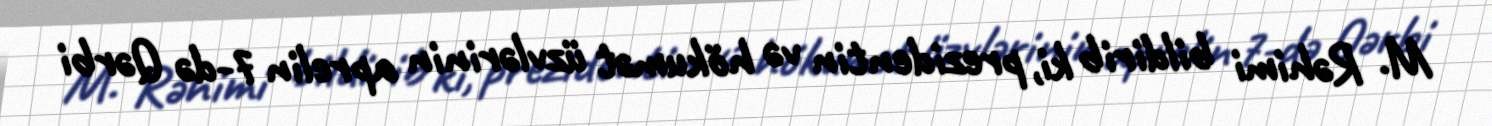
M. Rəhimi bildirib ki, prezidentin və hökumət üzvlərinin aprelin 7-də Qərbi